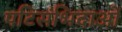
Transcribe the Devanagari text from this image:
पटिसंभिदाओं